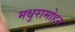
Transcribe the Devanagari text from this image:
मथुरामोहन